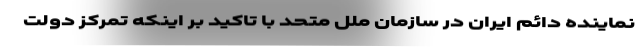
نماینده دائم ایران در سازمان ملل متحد با تاکید بر اینکه تمرکز دولت